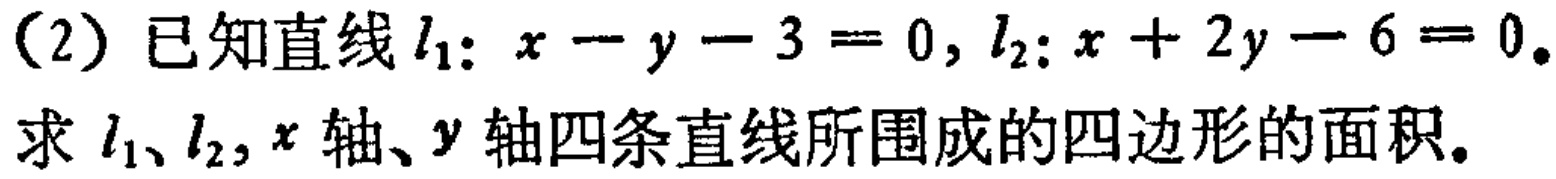
(2) 已知直线\(l_{1}:x - y - 3 = 0\), \(l_{2}:x + 2y - 6 = 0\).
求\(l_{1}\)、\(l_{2}\), \(x\)轴、\(y\)轴四条直线所围成的四边形的面积.